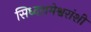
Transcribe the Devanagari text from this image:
सिध्दरामेश्वरांशी